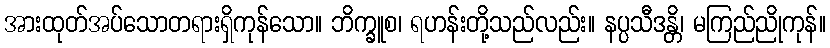
အားထုတ်အပ်သောတရားရှိကုန်သော။ ဘိက္ခူစ၊ ရဟန်းတို့သည်လည်း။ နပ္ပသီဒန္တိ၊ မကြည်ညိုကုန်။